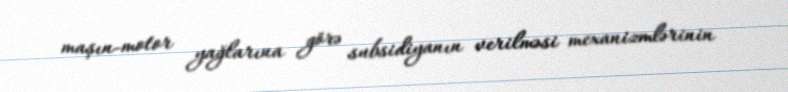
maşın-motor yağlarına görə subsidiyanın verilməsi mexanizmlərinin